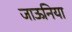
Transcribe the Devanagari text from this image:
जाऊनिया